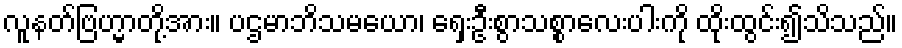
လူနတ်ဗြဟ္မာတို့အား။ ပဌမာဘိသမယော၊ ရှေးဦးစွာသစ္စာလေးပါးကို ထိုးထွင်း၍သိသည်။